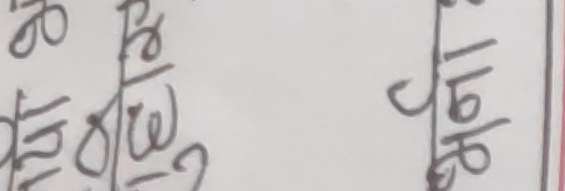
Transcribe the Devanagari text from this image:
खुवाई